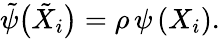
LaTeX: {\tilde{\psi}}\big({\tilde{X}}_{i}\big)=\rho\, \psi\left(X_{i}\right).